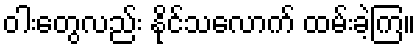
ဝါးတွေလည်း နိုင်သလောက် ထမ်းခဲ့ကြ။